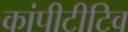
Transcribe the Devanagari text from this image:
कांपीटीटिव